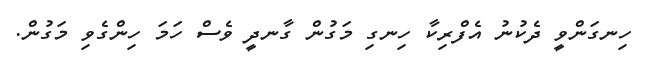
ހިނގަންވީ ދެކުނު އެފްރިކާ ހިނގި މަގުން ގާނދީ ވެސް ހަމަ ހިންގެވި މަގުން.